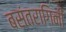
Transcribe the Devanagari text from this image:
बसंतरागिनी